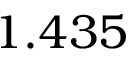
1 . 4 3 5